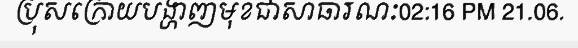
ប្រុសក្រោយបង្ហាញមុខជាសាធារណៈ02:16 PM 21.06.